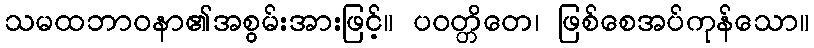
သမထဘာဝနာ၏အစွမ်းအားဖြင့်။ ပဝတ္တိတေ၊ ဖြစ်စေအပ်ကုန်သော။